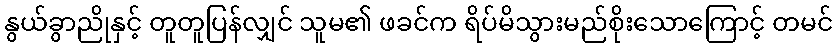
နွယ်ခွာညိုနှင့် တူတူပြန်လျှင် သူမ၏ ဖခင်က ရိပ်မိသွားမည်စိုးသောကြောင့် တမင်